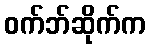
ဝက်ဘ်ဆိုက်က